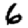
Digit: 6